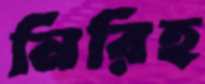
নিরিহ